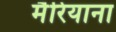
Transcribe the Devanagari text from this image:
मैरियाना